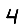
Digit: 4